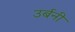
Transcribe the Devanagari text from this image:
उर्बनी